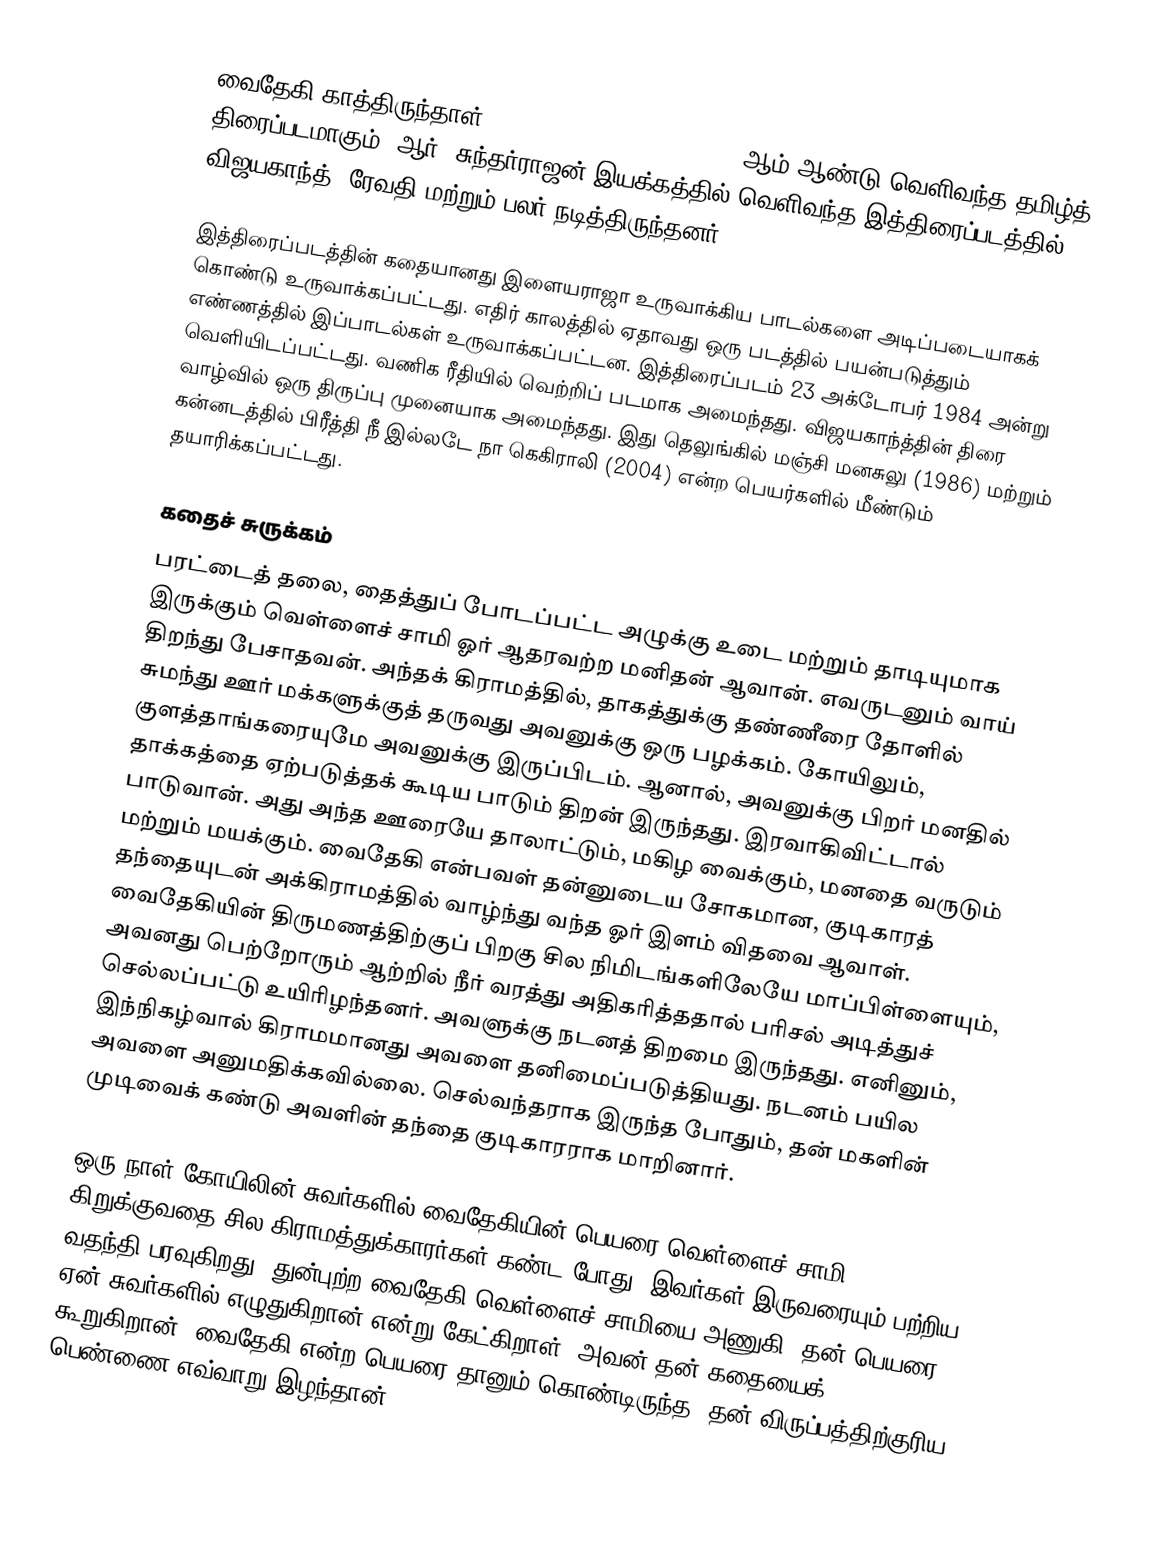
வைதேகி காத்திருந்தாள் (Vaidehi Kathirunthal) 1984-ஆம் ஆண்டு வெளிவந்த தமிழ்த் திரைப்படமாகும். ஆர். சுந்தர்ராஜன் இயக்கத்தில் வெளிவந்த இத்திரைப்படத்தில் விஜயகாந்த், ரேவதி மற்றும் பலர் நடித்திருந்தனர்.

இத்திரைப்படத்தின் கதையானது இளையராஜா உருவாக்கிய பாடல்களை அடிப்படையாகக் கொண்டு உருவாக்கப்பட்டது. எதிர் காலத்தில் ஏதாவது ஒரு படத்தில் பயன்படுத்தும் எண்ணத்தில் இப்பாடல்கள் உருவாக்கப்பட்டன. இத்திரைப்படம் 23 அக்டோபர் 1984 அன்று வெளியிடப்பட்டது. வணிக ரீதியில் வெற்றிப் படமாக அமைந்தது. விஜயகாந்த்தின் திரை வாழ்வில் ஒரு திருப்பு முனையாக அமைந்தது. இது தெலுங்கில் மஞ்சி மனசுலு (1986) மற்றும் கன்னடத்தில் பிரீத்தி நீ இல்லடே நா கெகிராலி (2004) என்ற பெயர்களில் மீண்டும் தயாரிக்கப்பட்டது.

கதைச் சுருக்கம்
பரட்டைத் தலை, தைத்துப் போடப்பட்ட அழுக்கு உடை மற்றும் தாடியுமாக இருக்கும் வெள்ளைச் சாமி ஓர் ஆதரவற்ற மனிதன் ஆவான். எவருடனும் வாய் திறந்து பேசாதவன். அந்தக் கிராமத்தில், தாகத்துக்கு தண்ணீரை தோளில் சுமந்து ஊர் மக்களுக்குத் தருவது அவனுக்கு ஒரு பழக்கம். கோயிலும், குளத்தாங்கரையுமே அவனுக்கு இருப்பிடம். ஆனால், அவனுக்கு பிறர் மனதில் தாக்கத்தை ஏற்படுத்தக் கூடிய பாடும் திறன் இருந்தது. இரவாகிவிட்டால் பாடுவான். அது அந்த ஊரையே தாலாட்டும், மகிழ வைக்கும், மனதை வருடும் மற்றும் மயக்கும். வைதேகி என்பவள் தன்னுடைய சோகமான, குடிகாரத் தந்தையுடன் அக்கிராமத்தில் வாழ்ந்து வந்த ஓர் இளம் விதவை ஆவாள். வைதேகியின் திருமணத்திற்குப் பிறகு சில நிமிடங்களிலேயே மாப்பிள்ளையும், அவனது பெற்றோரும் ஆற்றில் நீர் வரத்து அதிகரித்ததால் பரிசல் அடித்துச் செல்லப்பட்டு உயிரிழந்தனர். அவளுக்கு நடனத் திறமை இருந்தது. எனினும், இந்நிகழ்வால் கிராமமானது அவளை தனிமைப்படுத்தியது. நடனம் பயில அவளை அனுமதிக்கவில்லை. செல்வந்தராக இருந்த போதும், தன் மகளின் முடிவைக் கண்டு அவளின் தந்தை குடிகாரராக மாறினார்.

ஒரு நாள் கோயிலின் சுவர்களில் வைதேகியின் பெயரை வெள்ளைச் சாமி கிறுக்குவதை சில கிராமத்துக்காரர்கள் கண்ட போது, இவர்கள் இருவரையும் பற்றிய வதந்தி பரவுகிறது. துன்புற்ற வைதேகி வெள்ளைச் சாமியை அணுகி, தன் பெயரை ஏன் சுவர்களில் எழுதுகிறான் என்று கேட்கிறாள். அவன் தன் கதையைக் கூறுகிறான். வைதேகி என்ற பெயரை தானும் கொண்டிருந்த, தன் விருப்பத்திற்குரிய பெண்ணை எவ்வாறு இழந்தான்